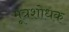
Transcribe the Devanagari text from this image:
मूत्रशोधक